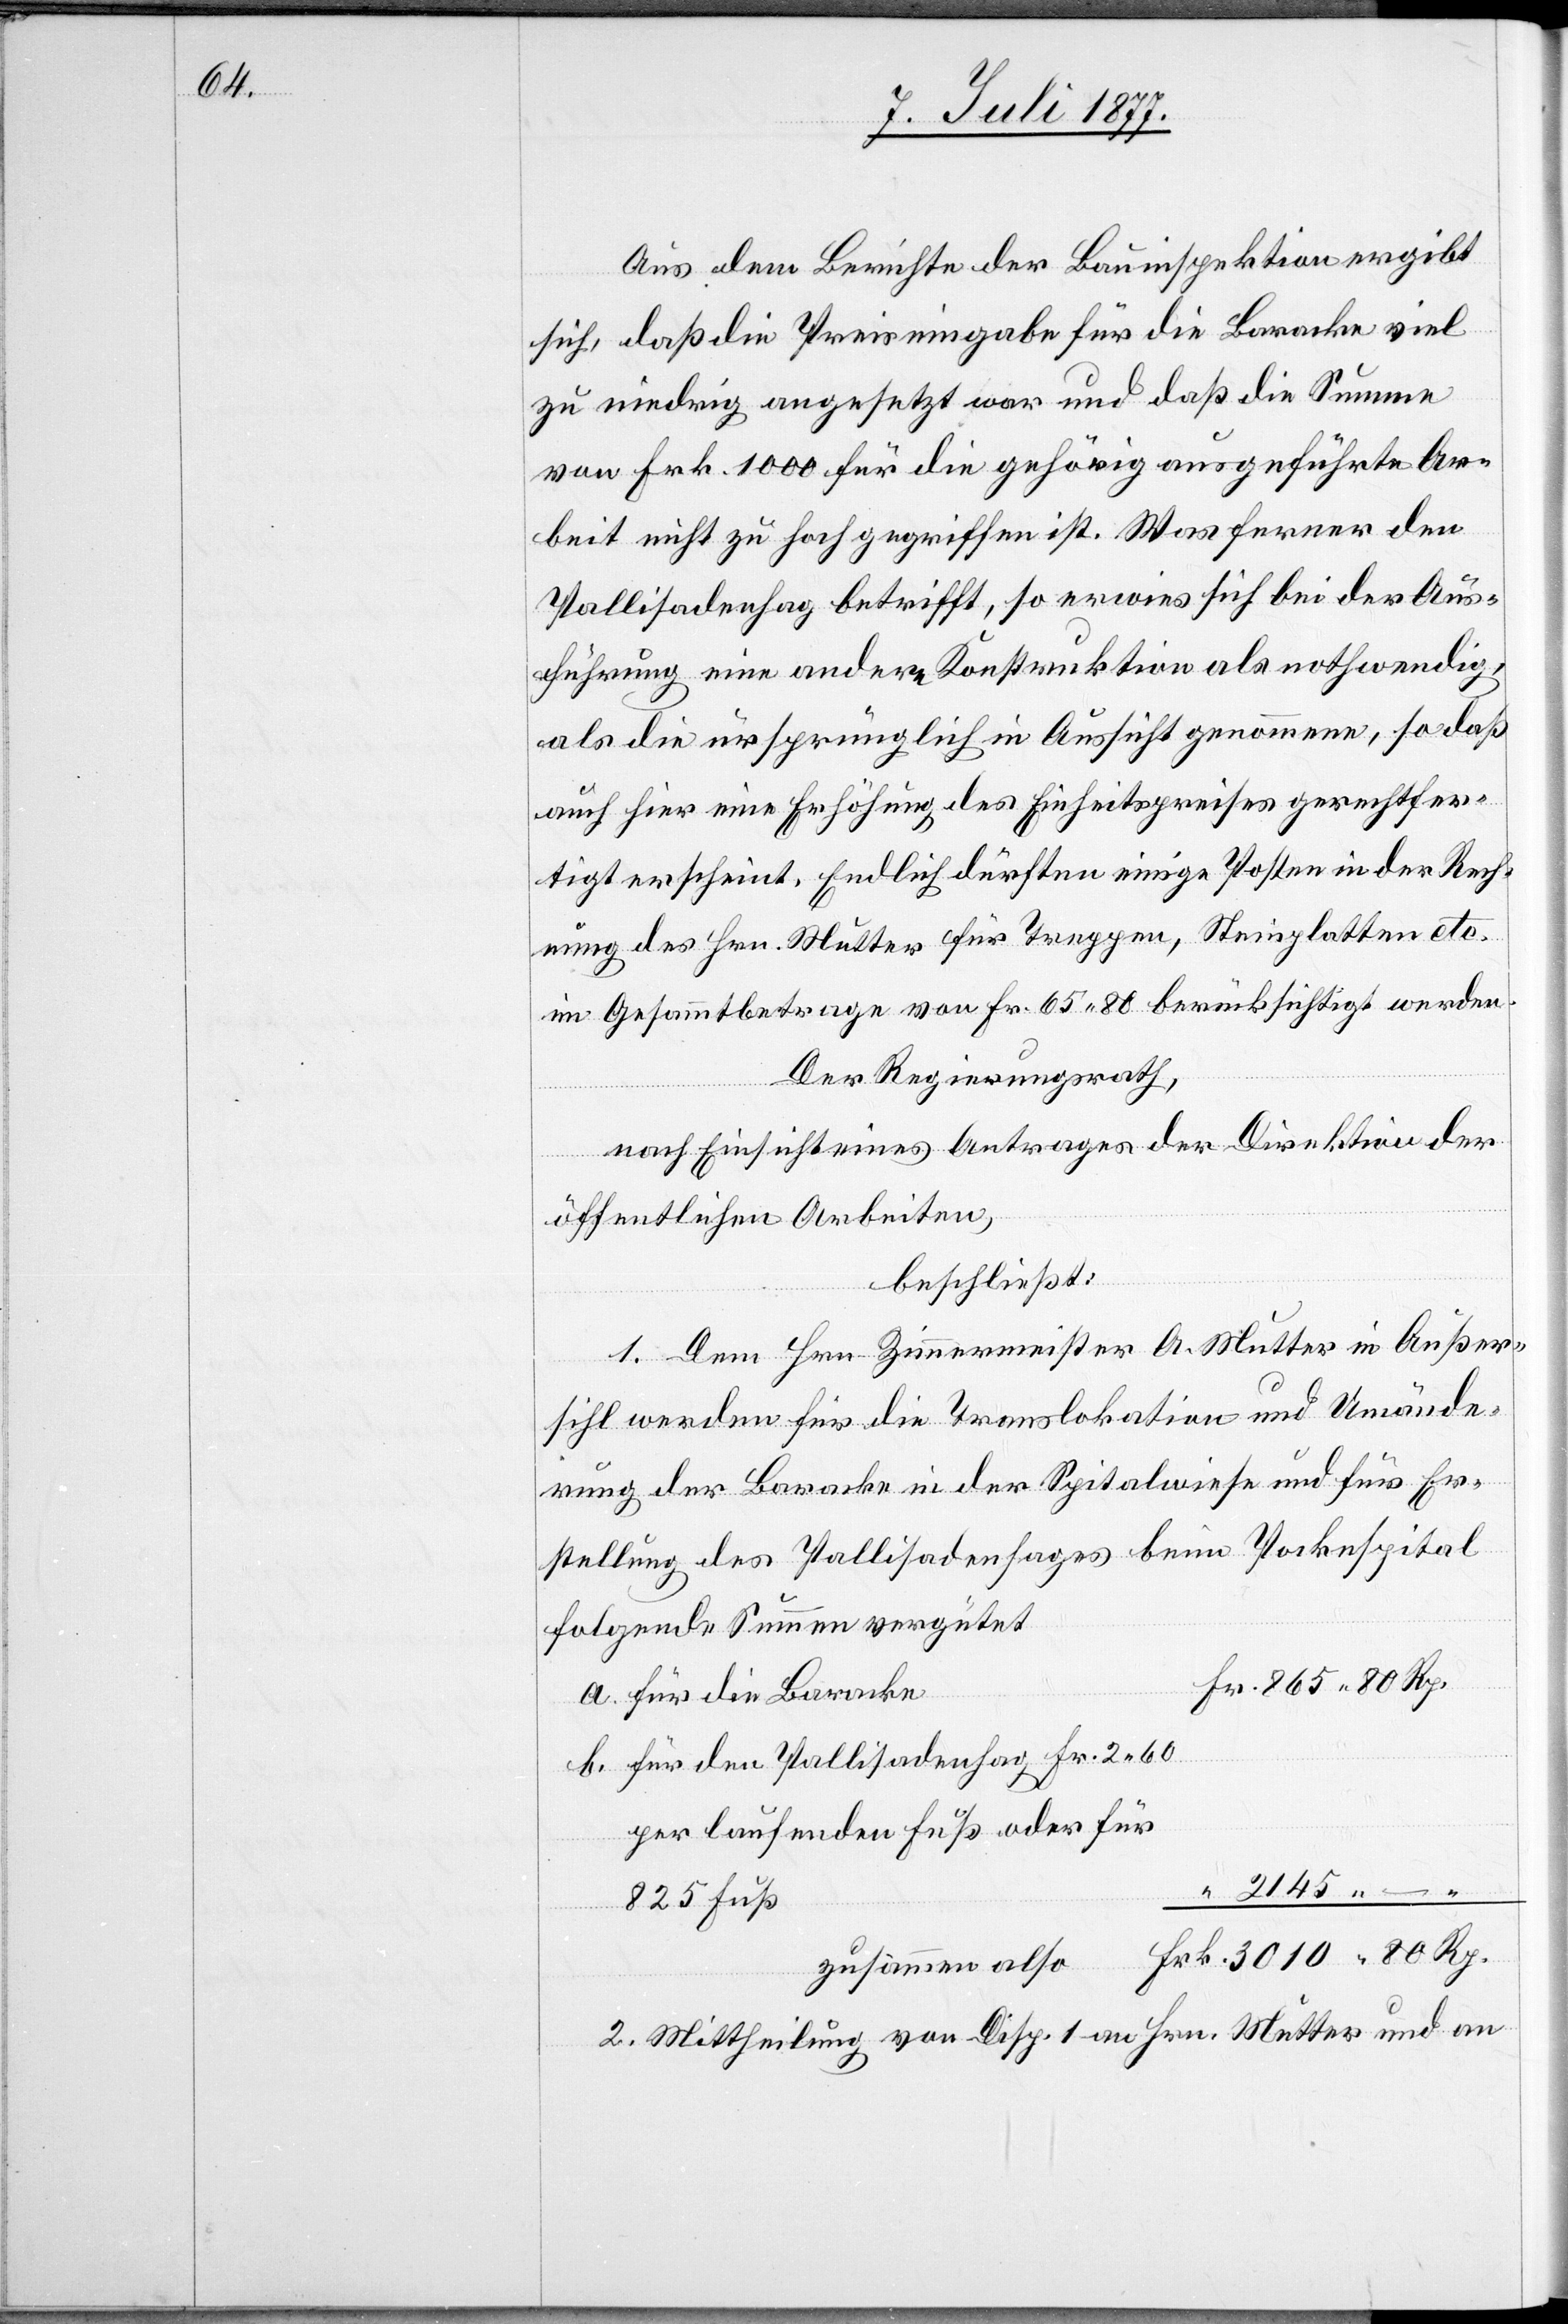
b.

Aus dem Berichte der Bauinspektion ergibt
sich, daß die Preiseingabe für die Baracke viel
zu niedrig angesetzt war und daß die Summe
von Frk. 1000 für die gehörig ausgeführte Ar¬
beit nicht zu hoch gegriffen ist. Was ferner den
Pallisadenhag betrifft, so erwies sich bei der Aus¬
führung eine andere Konstruktion als nothwendig,
als die ursprünglich in Aussicht genommene, so daß
auch hier eine Erhöhung des Einheitspreises gerechtfer¬
tigt erscheint. Endlich dürften einige Posten in der Rech¬
nung des Hrn. Mutter für Treppen, Steinplatten etc.
im Gesammtbetrage von Fr. 65.80 berücksichtigt werden.
Der Regierungsrath,
nach Einsicht eines Antrages der Direktion der
öffentlichen Arbeiten,
beschließt:
1. Dem Hrn. Zimmermeister A. Mutter in Außer¬
sihl werden für die Translokation und Umände¬
rung der Baracke in der Spitalwiese und für Er¬
stellung des Pallisadenhages beim Pocke[n]spital
folgende Summen vergütet:
Fr. 865 80 Rp.
für die Baracke
für den Pallisadenhag Fr. 2.60
per laufenden Fuß oder für
“ 2145 – “
825 Fuß
Frk. 3010 80 Rp.
zusammen also
2. Mittheilung von Disp. I an Hrn. Mutter und an